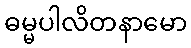
ဓမ္မပါလိတနာမော